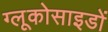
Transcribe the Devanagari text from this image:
ग्लूकोसाइडों